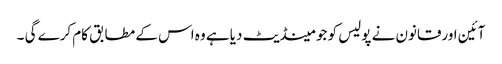
آئین اورقانون نے پولیس کو جو مینڈیٹ دیا ہے وہ اس کے مطابق کام کرے گی ۔